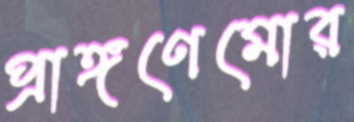
প্রাঙ্গণেমোর